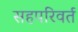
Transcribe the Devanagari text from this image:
सहपरिवर्त